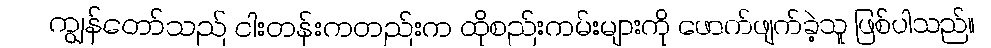
ကျွန်တော်သည် ငါးတန်းကတည်းက ထိုစည်းကမ်းများကို ဖောက်ဖျက်ခဲ့သူ ဖြစ်ပါသည်။